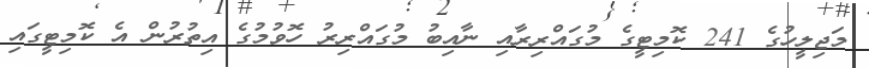
މަޖިލީހުގެ 241 ކޮމިޓީގެ މުގައްރިރާއި ނާއިބު މުގައްރިރު ހޮވުމުގެ އިތުރުން އެ ކޮމިޓީގައި